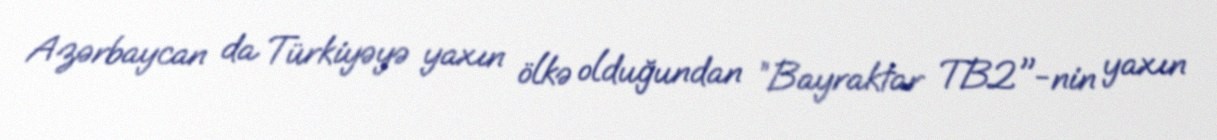
Azərbaycan da Türkiyəyə yaxın ölkə olduğundan ”Bayraktar TB2"-nin yaxın